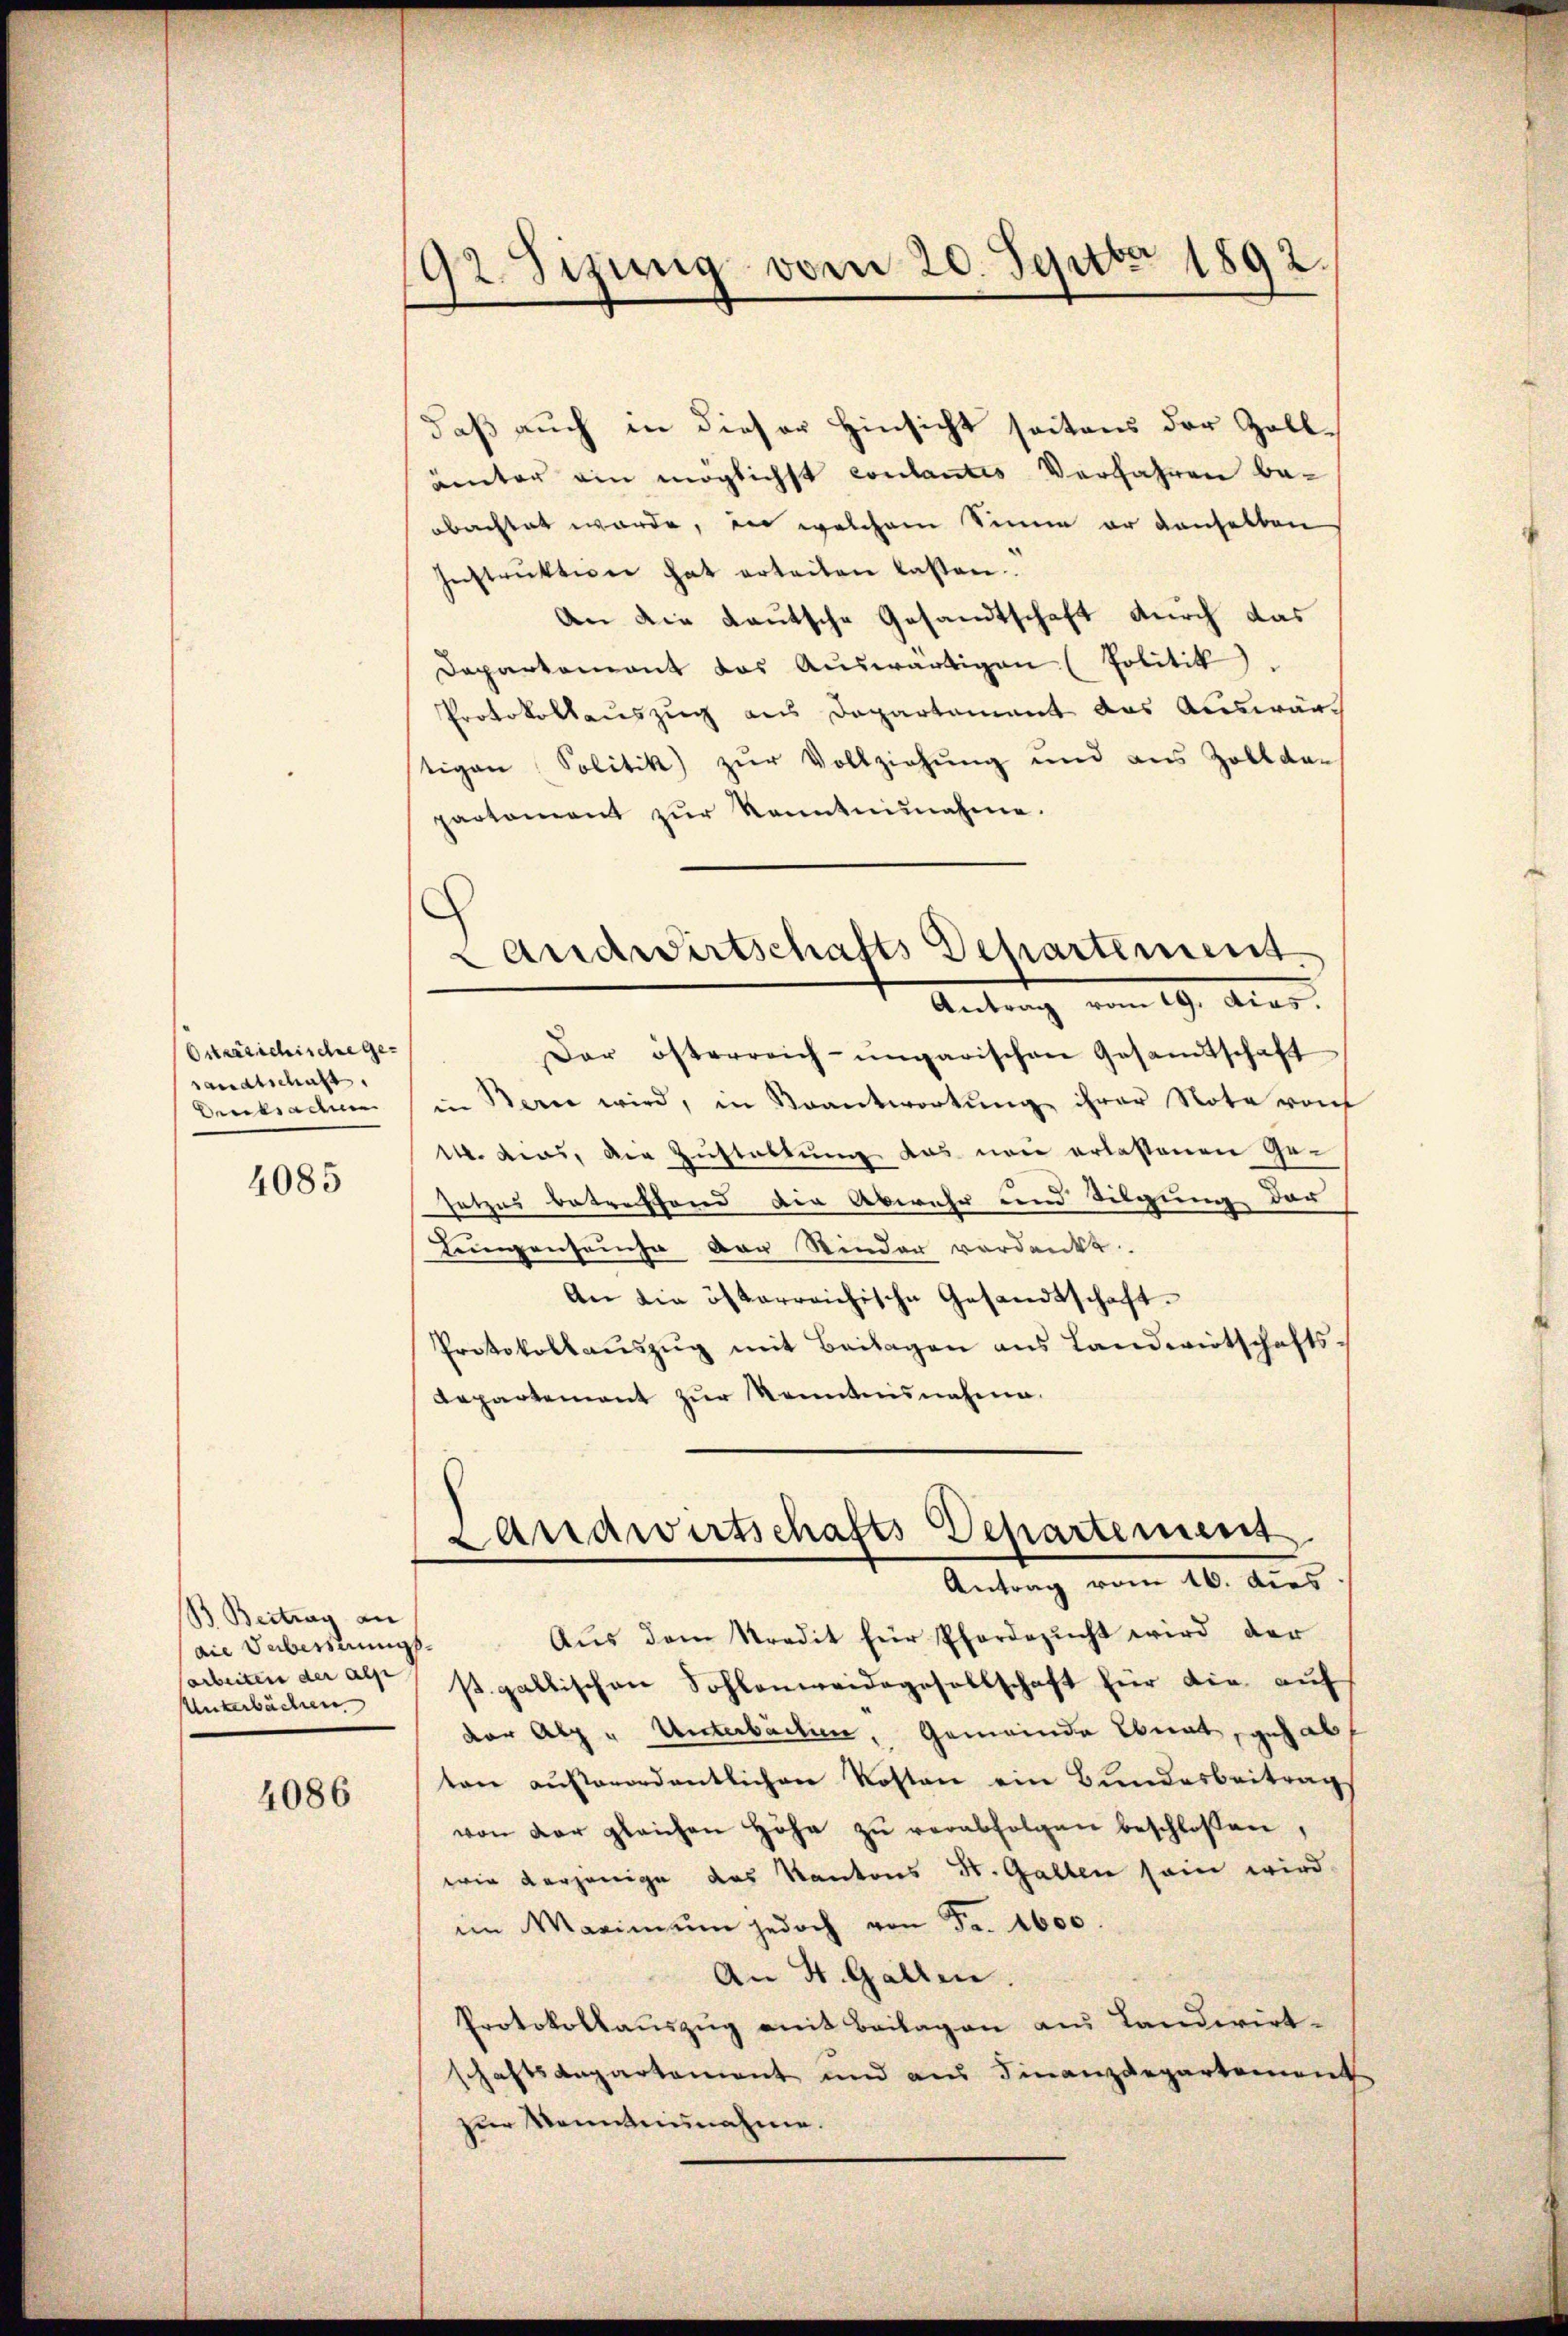
Osterrichische Gesandtschaft.
Dencksachen

4085

B. Beitrag an
die Ueberstungs¬
Unterbächen

4086

92. Sizung vom 20. Septbr 1892.

daß auch in dieser Hinsicht seitens der Zollunter ein möglichst coulantes Verfahren be-
obachtet werde, der welchem Sinne er denselben
Instrŭktion hat erteilen lassen.
An die Lautsche Gesandtschaft durch das
Departement das Aŭswärtigen (Politik.
Protokollauszug aus Departement das Auswärstigen Solitik zur Vollziehung und aus Zoll da-
partement zŭr Kenntnisnahme.
Antrag vom 19. Auer.
Dar österreich-ungarischen Gesamtschaft
in Bern wird, in Beantwortung ihrer Note von
M. Ains, die Zustaltung das non erlassenen Gesetzes betreffend die Abwehr und Tilgung der
Lungenseuche der Rinder verdankt.
An die österreichische Gesandtschaft¬
Protokollaŭszŭg mit Beilagen aus Landwirtschafts-
Repartement zur Kenntnisnahme.
Landwirtschafts Departement.
Antrag vom 20. dies
Aus dem Stredit für Pferdezucht wird der
arbeiten der als st. gallischen Sohlenweidegesellschaft für die auf
vor Alp u Unterbachen, Gemeinde Ebnat, gehabt
ten aŭβerordentlichen Kosten ein Bŭndesbeitrag
von der gleichen Höhe zŭ verabfolgen beschloßen,
wie derjenige des Kantons St. Gallen sein wird
im Maximum jedoch von Fr. 1600.
An H. Gallen.
Protokollauszug mit Beilagen aus Landwirt-
schaftsdepartement und aus Finanzdepartement
zur Kenntnisnahme.

Landwirtschafts Departement